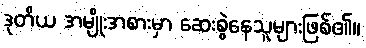
ဒုတိယ အမျိုးအစားမှာ ဆေးစွဲနေသူများဖြစ်၏။